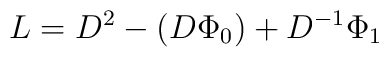
L = D^{2} - (D\Phi_{0}) + D^{-1} \Phi_{1}